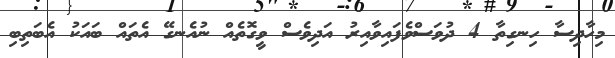
މިހާދިސާ ހިނގިތާ 4 ދުވަސްވެފައިވާއިރު އަދިވެސް ވީގޮތެއް ނުއެނގޭ އެތައް ބައަކު އެބަތިބި